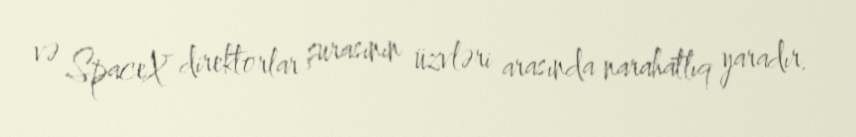
və SpaceX direktorlar şurasının üzvləri arasında narahatlıq yaradır.